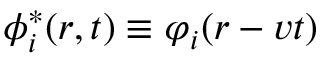
\phi _ { i } ^ { * } ( \boldsymbol { r } , t ) \equiv \varphi _ { i } ( \boldsymbol { r } - \boldsymbol { v } t )